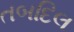
તબદિલ